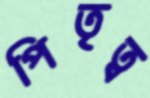
পিতৃত্ব